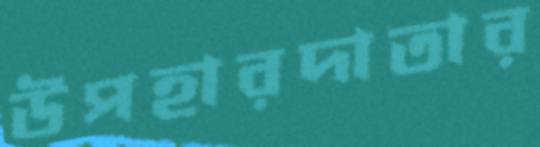
উপহারদাতার